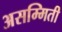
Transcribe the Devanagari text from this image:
असम्मिती